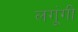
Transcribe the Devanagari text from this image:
लगूंगी